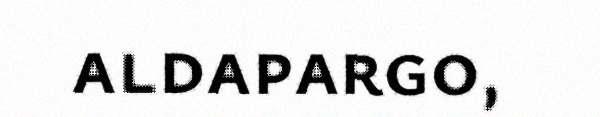
aldapargo,